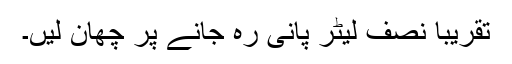
تقریباً نصف لیٹر پانی رہ جانے پر چھان لیں۔